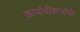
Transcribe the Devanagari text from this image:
कार्याचीकार्याची